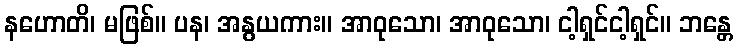
နဟောတိ၊ မဖြစ်။ ပန၊ အနွယကား။ အာဝုသော၊ အာဝုသော၊ ငါ့ရှင်ငါ့ရှင်။ ဘန္တေ